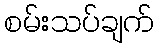
စမ်းသပ်ချက်